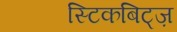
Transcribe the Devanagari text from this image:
स्टिकबिट्ज़